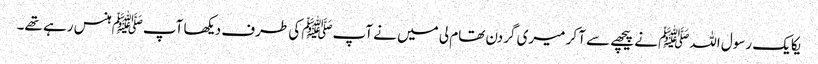
یکایک رسول اللہﷺ نے پیچھے سے آ کر میری گردن تھام لی میں نے آپﷺ کی طرف دیکھا آپﷺ ہنس رہے تھے۔